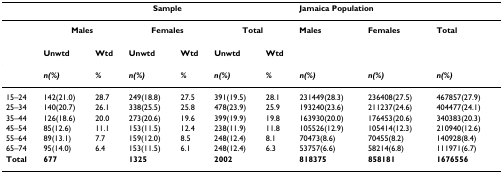
<table><thead><tr><td></td><td colspan="6"><b>Sample</b></td><td colspan="3"><b>Jamaica Population</b></td></tr></thead><tbody><tr><td></td><td colspan="2"><b>Males</b></td><td colspan="2"><b>Females</b></td><td colspan="2"><b>Total</b></td><td><b>Males</b></td><td><b>Females</b></td><td><b>Total</b></td></tr><tr><td></td><td><b>Unwtd</b></td><td><b>Wtd</b></td><td><b>Unwtd</b></td><td><b>Wtd</b></td><td><b>Unwtd</b></td><td><b>Wtd</b></td><td></td><td></td><td></td></tr><tr><td></td><td><b><i>n(%)</i></b></td><td><b><i>%</i></b></td><td><b><i>n(%)</i></b></td><td><b><i>%</i></b></td><td><b><i>n(%)</i></b></td><td><b><i>%</i></b></td><td><b><i>n(%)</i></b></td><td><b><i>n(%)</i></b></td><td><b><i>n(%)</i></b></td></tr><tr><td>15–24</td><td>142(21.0)</td><td>28.7</td><td>249(18.8)</td><td>27.5</td><td>391(19.5)</td><td>28.1</td><td>231449(28.3)</td><td>236408(27.5)</td><td>467857(27.9)</td></tr><tr><td>25–34</td><td>140(20.7)</td><td>26.1</td><td>338(25.5)</td><td>25.8</td><td>478(23.9)</td><td>25.9</td><td>193240(23.6)</td><td>211237(24.6)</td><td>404477(24.1)</td></tr><tr><td>35–44</td><td>126(18.6)</td><td>20.0</td><td>273(20.6)</td><td>19.6</td><td>399(19.9)</td><td>19.8</td><td>163930(20.0)</td><td>176453(20.6)</td><td>340383(20.3)</td></tr><tr><td>45–54</td><td>85(12.6)</td><td>11.1</td><td>153(11.5)</td><td>12.4</td><td>238(11.9)</td><td>11.8</td><td>105526(12.9)</td><td>105414(12.3)</td><td>210940(12.6)</td></tr><tr><td>55–64</td><td>89(13.1)</td><td>7.7</td><td>159(12.0)</td><td>8.5</td><td>248(12.4)</td><td>8.1</td><td>70473(8.6)</td><td>70455(8.2)</td><td>140928(8.4)</td></tr><tr><td>65–74</td><td>95(14.0)</td><td>6.4</td><td>153(11.5)</td><td>6.1</td><td>248(12.4)</td><td>6.3</td><td>53757(6.6)</td><td>58214(6.8)</td><td>111971(6.7)</td></tr><tr><td><b>Total</b></td><td><b>677</b></td><td></td><td><b>1325</b></td><td></td><td><b>2002</b></td><td></td><td><b>818375</b></td><td><b>858181</b></td><td><b>1676556</b></td></tr></tbody></table>